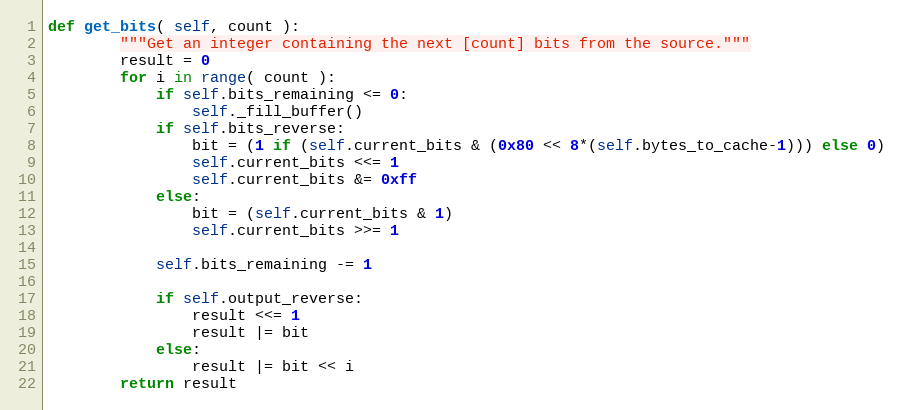
Language: Python
def get_bits( self, count ):
        """Get an integer containing the next [count] bits from the source."""
        result = 0
        for i in range( count ):
            if self.bits_remaining <= 0:
                self._fill_buffer()
            if self.bits_reverse:
                bit = (1 if (self.current_bits & (0x80 << 8*(self.bytes_to_cache-1))) else 0)
                self.current_bits <<= 1
                self.current_bits &= 0xff
            else:
                bit = (self.current_bits & 1)
                self.current_bits >>= 1

            self.bits_remaining -= 1

            if self.output_reverse:
                result <<= 1
                result |= bit
            else:
                result |= bit << i
        return result